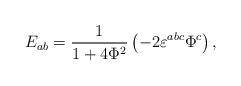
LaTeX: \begin{align*}E_{ab}=\frac 1{1+4\Phi ^2}\left( -2\varepsilon ^{abc}\Phi ^c\right) ,\end{align*}